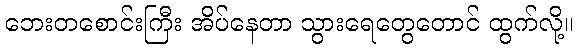
ဘေးတစောင်းကြီး အိပ်နေတာ သွားရေတွေတောင် ထွက်လို့။